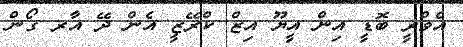
އެވްރީ ބޮޑީ އިން އީޔޫ އިޒް ކްރޭޒީ އެން ދޭ އާރ ގޯން